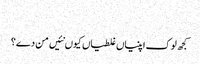
‏
کجھ لوک اپنیاں غلطیاں کیوں نئیں من دے؟